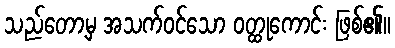
သည်တော့မှ အသက်ဝင်သော ဝတ္ထုကောင်း ဖြစ်၏။